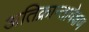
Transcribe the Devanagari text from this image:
अतिक्रान्तावेक्षण